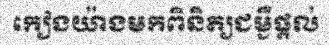
កៀងយ៉ាងមកពិនិត្យជម្ងឺផ្តល់